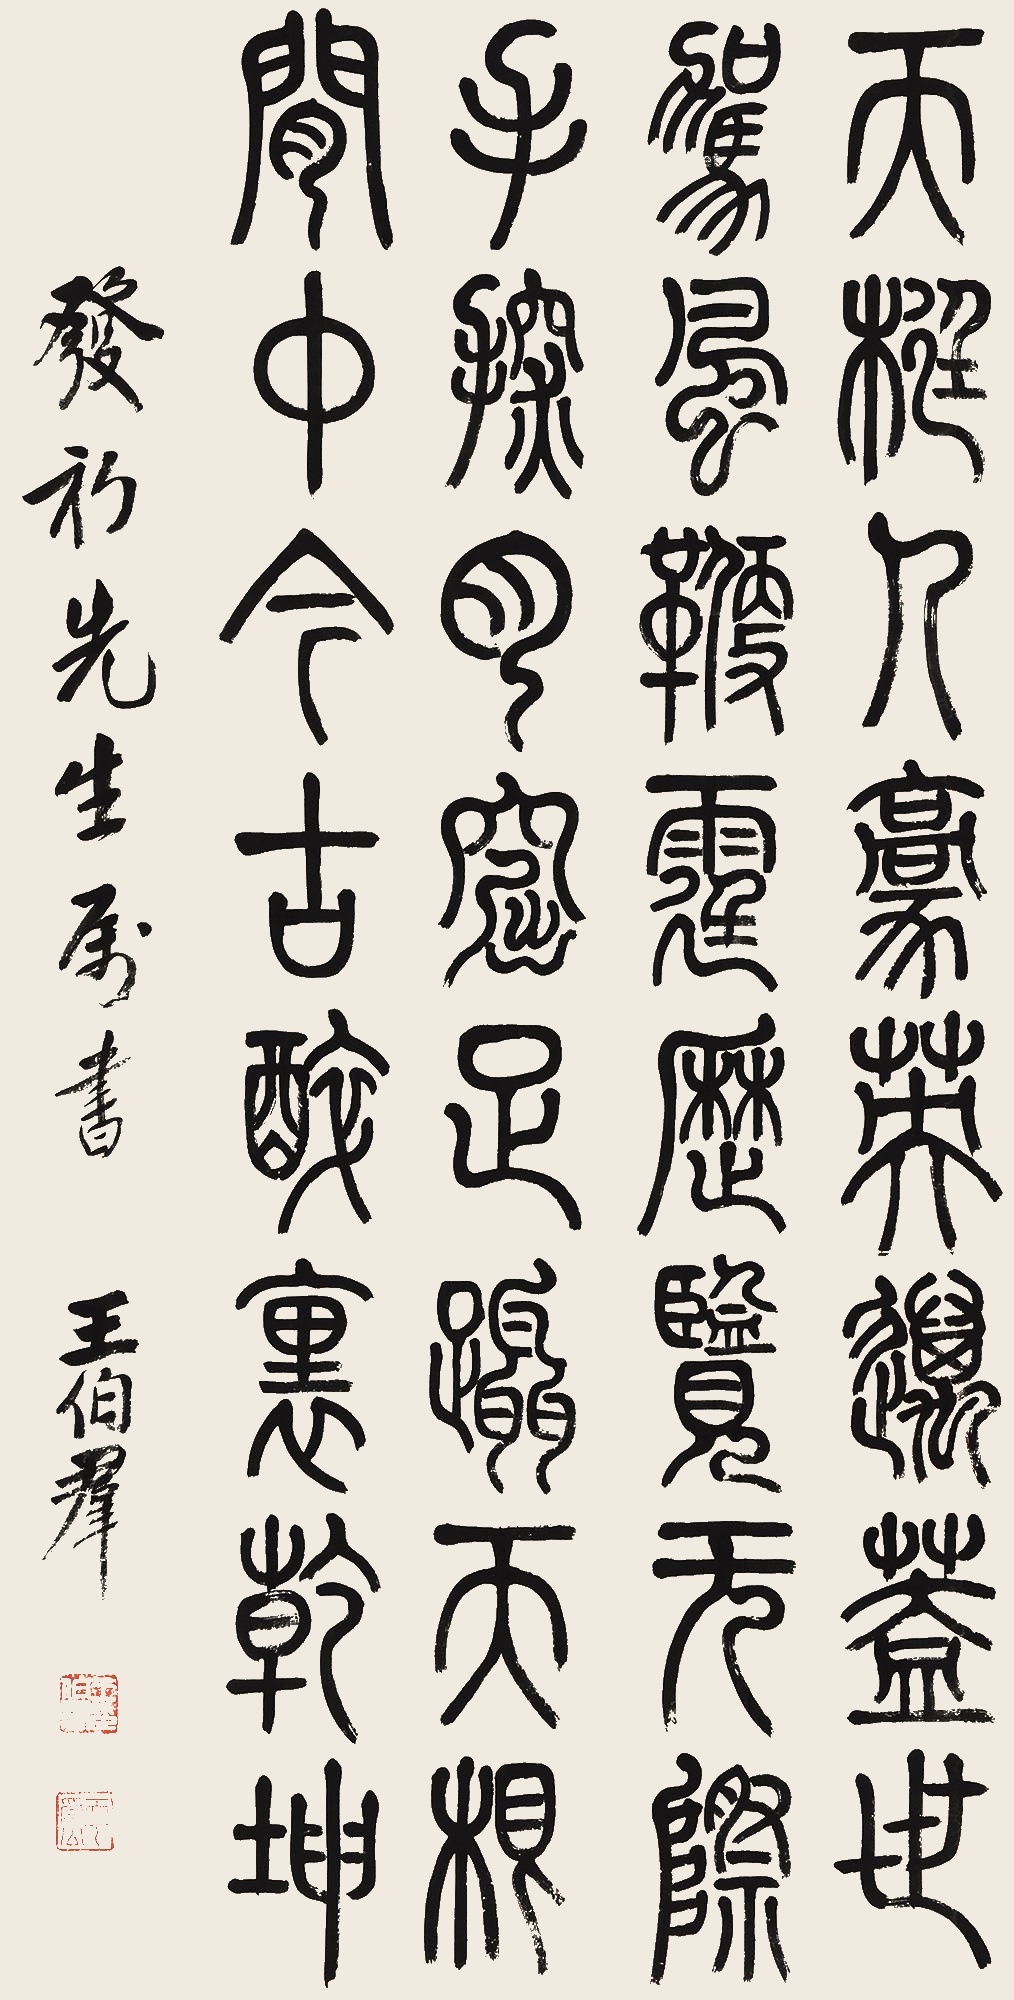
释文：天挺人豪，英迈盖世。驾风鞭霆，历览无际。手探月窟，足蹑天根。闲中今古，醉里乾坤。发初先生属书，王伯群。